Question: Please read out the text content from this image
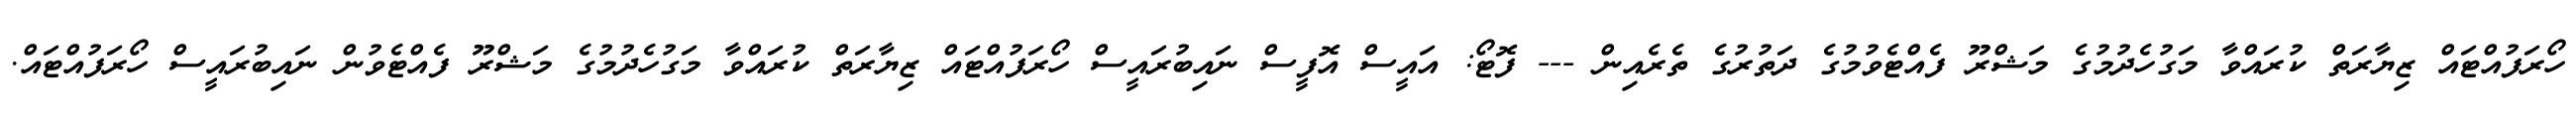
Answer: ހޯރަފުއްޓައް ޒިޔާރަތް ކުރައްވާ މަގުހެދުމުގެ މަޝްރޫ ފެއްޓެވުމުގެ ދަތުރުގެ ތެރެއިން --- ފޮޓޯ: އައީސް އޮފީސް ނައިބުރައީސް ހޯރަފުއްޓައް ޒިޔާރަތް ކުރައްވާ މަގުހެދުމުގެ މަޝްރޫ ފެއްޓެވުން ނައިބުރައީސް ހޯރަފުއްޓައް.